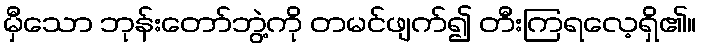
မှီသော ဘုန်းတော်ဘွဲ့ကို တမင်ဖျက်၍ တီးကြရလေ့ရှိ၏။